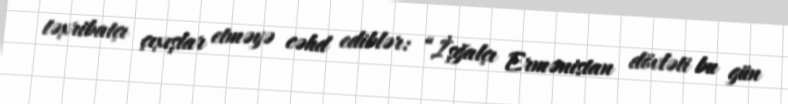
təxribatçı çıxışlar etməyə cəhd ediblər: “İşğalçı Ermənistan dövləti bu gün